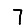
Digit: 7